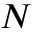
N